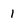
Character: 1